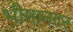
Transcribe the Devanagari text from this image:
भीमानगर